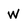
Character: W